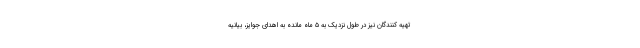
تهیه کنندگان نیز در طول نزدیک به ۵ ماه مانده به اهدای جوایز، بیانیه